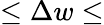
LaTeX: \le\Delta w\le